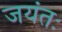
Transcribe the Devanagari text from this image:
जयंतः